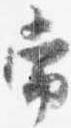
常